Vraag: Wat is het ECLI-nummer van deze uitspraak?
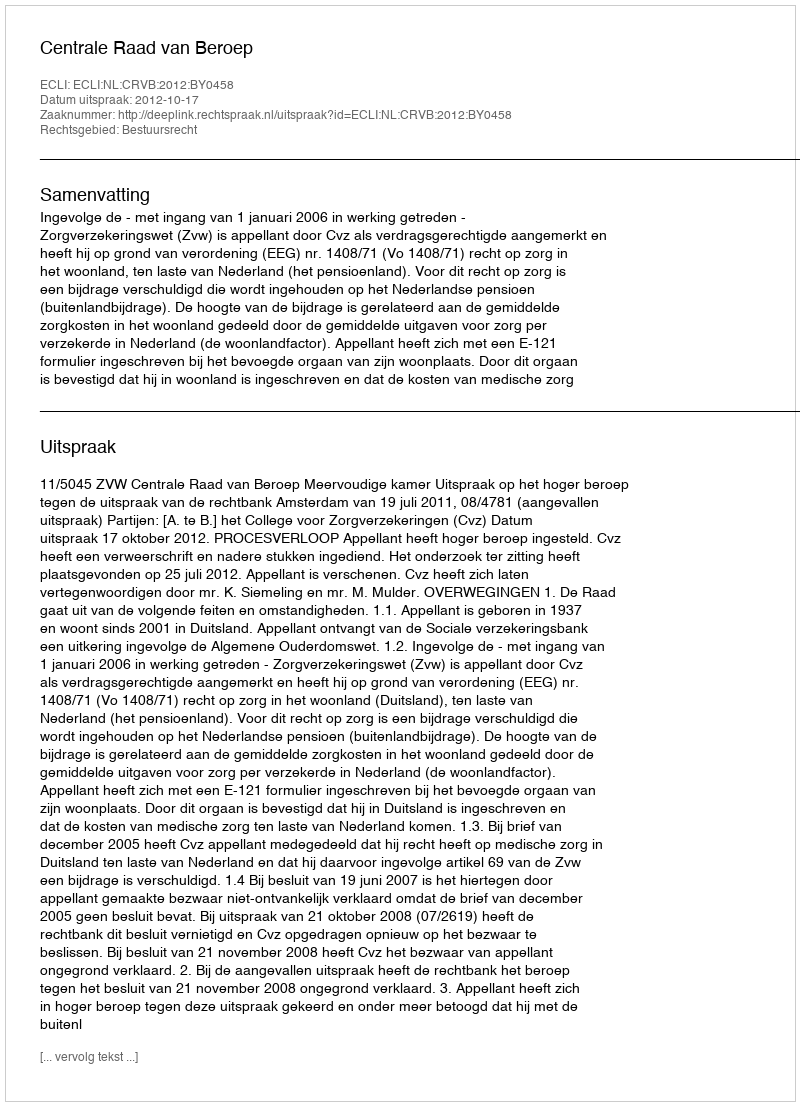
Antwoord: ECLI:NL:CRVB:2012:BY0458